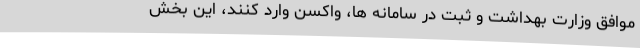
موافق وزارت بهداشت و ثبت در سامانه‌ ها، واکسن وارد کنند، این بخش